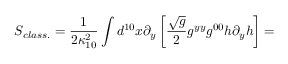
S _ { c l a s s . } = \frac { 1 } { 2 \kappa _ { 1 0 } ^ { 2 } } \int d ^ { 1 0 } x \partial _ { y } \left[ \frac { \sqrt { g } } { 2 } g ^ { y y } g ^ { 0 0 } h \partial _ { y } h \right] =